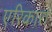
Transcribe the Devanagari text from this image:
एरिकारा